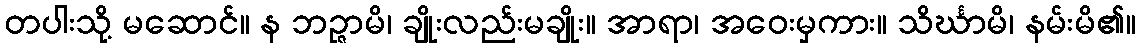
တပါးသို့ မဆောင်။ န ဘဉ္ဇာမိ၊ ချိုးလည်းမချိုး။ အာရာ၊ အဝေးမှကား။ သိင်္ဃာမိ၊ နမ်းမိ၏။